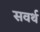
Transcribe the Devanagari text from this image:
सवर्थ